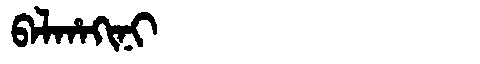
Manchu: ᠪᠠᠯᡥᠠᡴᡳᠨᡳ
Romanization: BALHAKINI